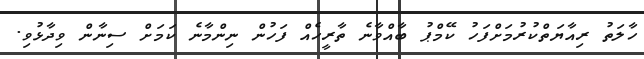
ހާލަތު ރިއާޔަތްކުރުމަށްފަހު ކޭމްޕު ބާއްވާނެ ތާރީހެއް ފަހުން ނިންމާނެ ކަމަށް ސިނާން ވިދާޅުވި.